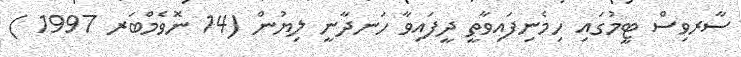
ސާރވިސް ޓީމުގައި ހިމެނިފައިވާތީ ދީފައިވާ ހަނދާނީ ލިޔުން (14 ނޮވެމްބަރ 1997 )